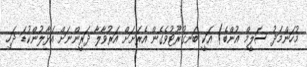
މުހަންމަދު ސަލީމް އުންބެ) އަކީ ބަނގުރޫޓުވެގެން އެރަށަށް އަރުވާލާ ދަރީންނަށް އަޅާލުންކުޑަ ދަހި